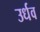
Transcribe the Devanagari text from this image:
उर्धव